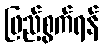
ဖြည့်စွက်ရန်